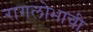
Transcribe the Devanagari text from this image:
रागलोभाची